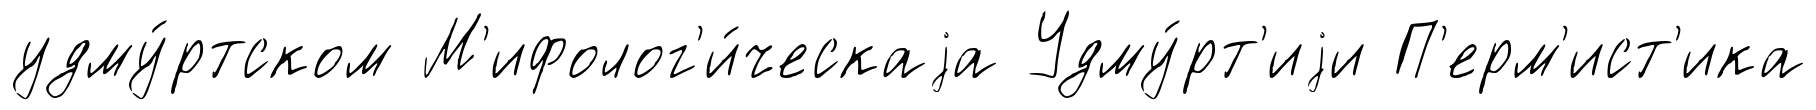
удму́ртском М'ифолог'и́ческаjа Удму́рт'иjи П'ерм'ист'ика